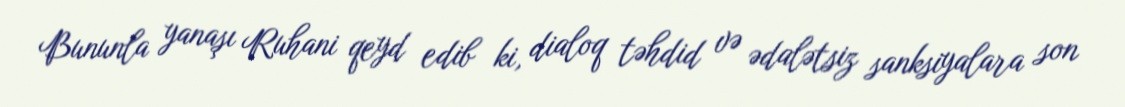
Bununla yanaşı Ruhani qeyd edib ki, dialoq təhdid və ədalətsiz sanksiyalara son